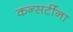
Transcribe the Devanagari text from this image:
कन्सर्टीना